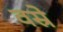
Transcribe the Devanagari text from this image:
वस्रे